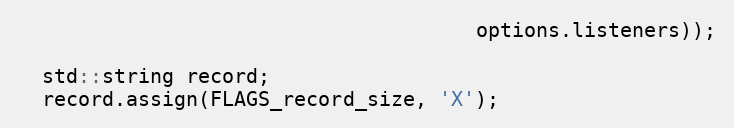
Language: C++
                                      options.listeners));

  std::string record;
  record.assign(FLAGS_record_size, 'X');